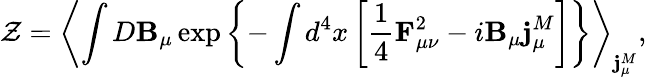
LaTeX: {\cal Z}=\left<\int D{\mathbf B}_{\mu}\exp\left\{ -\int d^{4}x\left[\frac 14{\mathbf F}_{\mu\nu}^{2}-i{\mathbf B}_{\mu}{\mathbf j}_{\mu}^{M}\right]\right\} \right>_{{\mathbf j}_{\mu}^{M}},